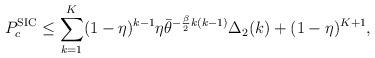
LaTeX: \begin{align*}P_{c}^\textnormal{SIC}\leq \sum_{k=1}^{K} (1-\eta)^{k-1} \eta \bar{\theta}^{-\frac{\beta}{2}k(k-1)} \Delta_2(k)+(1-\eta)^{K+1},\end{align*}